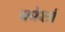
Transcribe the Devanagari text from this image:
कोशां